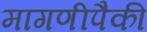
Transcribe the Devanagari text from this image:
मागणीपैकी